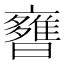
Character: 𣋿